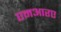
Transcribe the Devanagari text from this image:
एमआरए